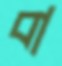
বা